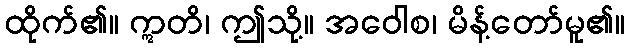
ထိုက်၏။ ဣတိ၊ ဤသို့။ အဝေါစ၊ မိန့်တော်မူ၏။